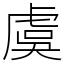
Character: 虞